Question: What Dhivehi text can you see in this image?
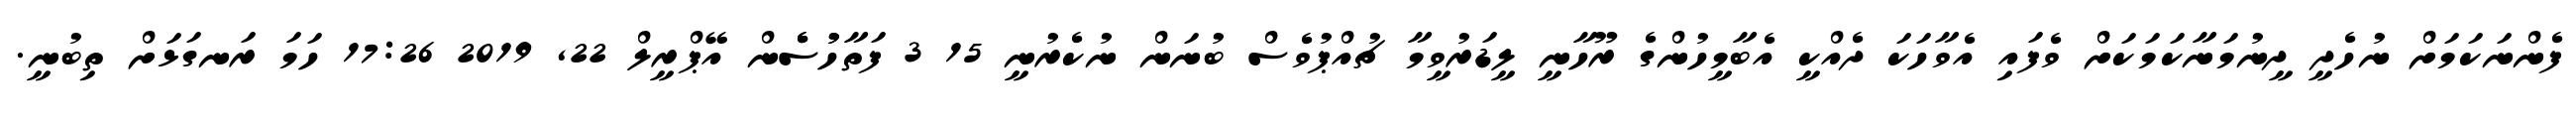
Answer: ފެންނަކަމަށް ނުހެދީ ދީނުމަނާކަމަކަށް ވެފައި އެވާހަކަ ދެއްކީ އެބާމީހުންގެ ރޫހާނީ ލީޑަރުވީމާ ޗުއްޕުވެސް ބުނަން ނުކެރުނީ 15 3 ފަތާހުުސެެން އޭޕްރީލް 22, 2019 17:26 ހަމަ ރަނގަޅަށް ތިބުނީ.